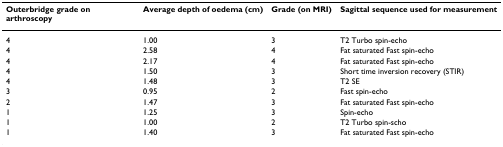
<table><thead><tr><td><b>Outerbridge grade on arthroscopy</b></td><td><b>Average depth of oedema (cm)</b></td><td><b>Grade (on MRI)</b></td><td><b>Sagittal sequence used for measurement</b></td></tr></thead><tbody><tr><td>4</td><td>1.00</td><td>3</td><td>T2 Turbo spin-echo</td></tr><tr><td>4</td><td>2.58</td><td>4</td><td>Fat saturated Fast spin-echo</td></tr><tr><td>4</td><td>2.17</td><td>4</td><td>Fat saturated Fast spin-echo</td></tr><tr><td>4</td><td>1.50</td><td>3</td><td>Short time inversion recovery (STIR)</td></tr><tr><td>4</td><td>1.48</td><td>3</td><td>T2 SE</td></tr><tr><td>3</td><td>0.95</td><td>2</td><td>Fast spin-echo</td></tr><tr><td>2</td><td>1.47</td><td>3</td><td>Fat saturated Fast spin-echo</td></tr><tr><td>1</td><td>1.25</td><td>3</td><td>Spin-echo</td></tr><tr><td>1</td><td>1.00</td><td>2</td><td>T2 Turbo spin-scho</td></tr><tr><td>1</td><td>1.40</td><td>3</td><td>Fat saturated Fast spin-echo</td></tr></tbody></table>